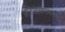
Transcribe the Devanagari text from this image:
प्रतिआक्षेपकका